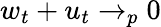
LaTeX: w_{t}+u_{t}\to_{p}0